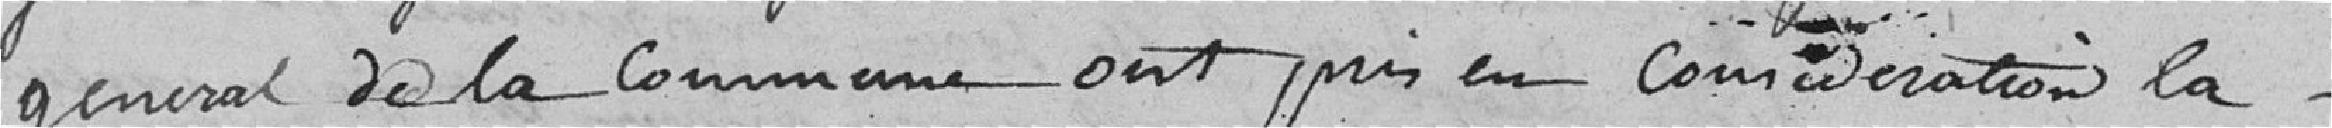
général de la commune ont pris en considération la